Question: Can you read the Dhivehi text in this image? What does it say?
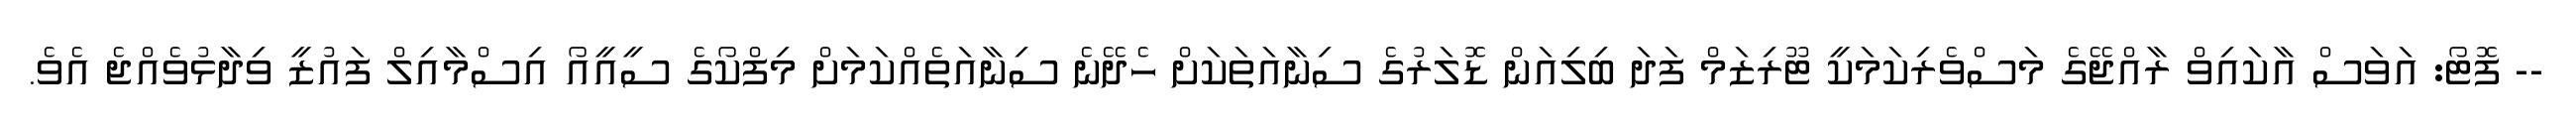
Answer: -- ފޮޓޯ: އަވަސް އާކައިވް ރާއްޖޭގެ މަސްވެރިކަމަކީ ޓޫރިޒަމް ފަދަ ބިލިއަން ޑޮލަރުގެ ސިނާއަތަކަށް ހެދޭނެ ސިނާއަތެއްކަމަށް މިފްކޯގެ ސީއީއޯ އިސްމާއިލް ފައުޒީ ވިދާޅުވެއްޖެ އެވެ.